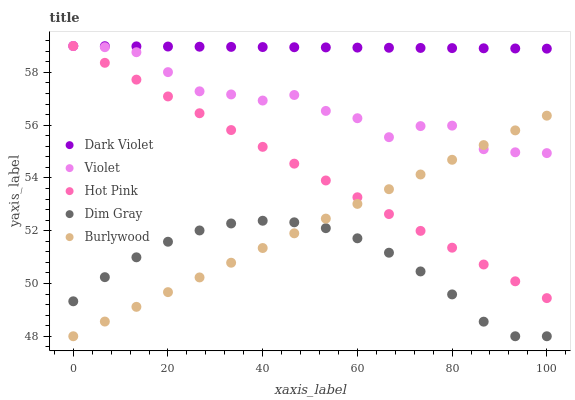
| xaxis_label | Dark Violet | Violet | Hot Pink | Dim Gray | Burlywood |
 | --- | --- | --- | --- | --- | --- |
 | 0 | 59 | 59 | 59 | 49.3 | 48 |
 | 6.67 | 59 | 59 | 58.4 | 50.2 | 48.6 |
 | 13.3 | 59 | 58.8 | 57.7 | 51 | 49.1 |
 | 20 | 59 | 58 | 57.1 | 51.6 | 49.7 |
 | 26.7 | 59 | 57.3 | 56.5 | 52 | 50.2 |
 | 33.3 | 59 | 57.2 | 55.8 | 52.3 | 50.8 |
 | 40 | 59 | 56.9 | 55.2 | 52.4 | 51.3 |
 | 46.7 | 59 | 57.1 | 54.5 | 52.3 | 51.9 |
 | 53.3 | 58.9 | 56.5 | 53.9 | 52.1 | 52.5 |
 | 60 | 58.9 | 56.3 | 53.3 | 51.7 | 53 |
 | 66.7 | 58.9 | 55.5 | 52.6 | 51.2 | 53.6 |
 | 73.3 | 58.9 | 56 | 52 | 50.5 | 54.1 |
 | 80 | 58.9 | 56 | 51.4 | 49.6 | 54.7 |
 | 86.7 | 58.9 | 55.1 | 50.7 | 48.6 | 55.2 |
 | 93.3 | 58.9 | 55 | 50.1 | 48 | 55.8 |
 | 100 | 58.9 | 54.9 | 49.4 | 48 | 56.4 |